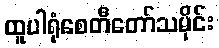
ထူပါရုံစေတီတော်သမိုင်း